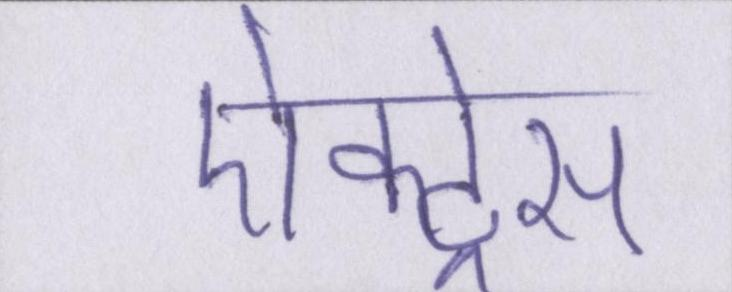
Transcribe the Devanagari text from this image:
ऐक्ट्रेस